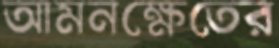
আমনক্ষেতের